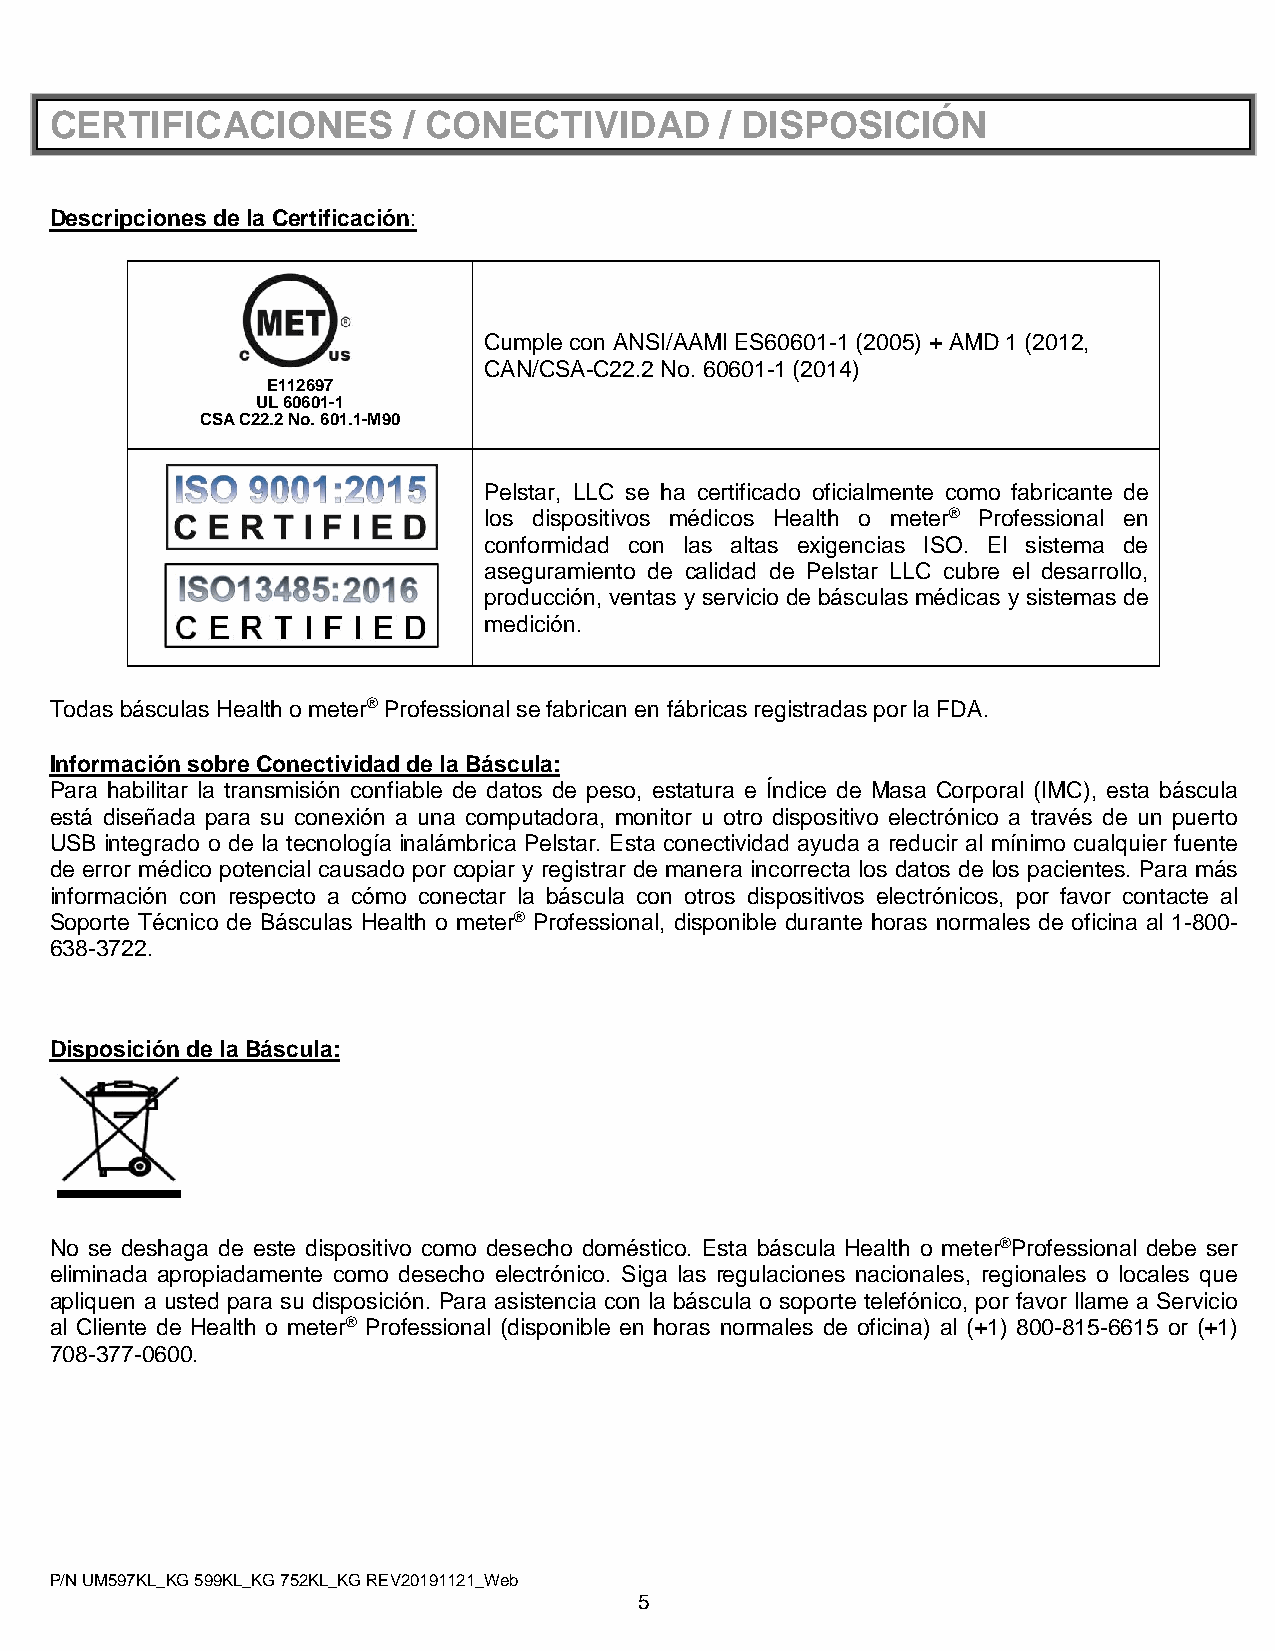
CERTIFICACIONES         / CONECTIVIDAD       / DISPOSICIÓN
 Descripciones de la Certificación:
 Cumple con ANSI/AAMI ES60601-1 (2005) + AMD 1 (2012,
 CAN/CSA-C22.2 No. 60601-1 (2014)
 E112697
 UL 60601-1
 CSA C22.2 No. 601.1-M90
 Pelstar, LLC se ha certificado oficialmente como fabricante de
 los dispositivos médicos Health o meter® Professional en
 conformidad con las altas exigencias ISO. El sistema de
 aseguramiento de calidad de Pelstar LLC cubre el desarrollo,
 producción, ventas y servicio de básculas médicas y sistemas de
 medición.
 Todas básculas Health o meter® Professional se fabrican en fábricas registradas por la FDA.
 Información sobre Conectividad de la Báscula:
 Para habilitar la transmisión confiable de datos de peso, estatura e Índice de Masa Corporal (IMC), esta báscula
 está diseñada para su conexión a una computadora, monitor u otro dispositivo electrónico a través de un puerto
 USB integrado o de la tecnología inalámbrica Pelstar. Esta conectividad ayuda a reducir al mínimo cualquier fuente
 de error médico potencial causado por copiar y registrar de manera incorrecta los datos de los pacientes. Para más
 información con respecto a cómo conectar la báscula con otros dispositivos electrónicos, por favor contacte al
 Soporte Técnico de Básculas Health o meter® Professional, disponible durante horas normales de oficina al 1-800-
 638-3722.
 Disposición de la Báscula:
 No se deshaga de este dispositivo como desecho doméstico. Esta báscula Health o meter®Professional debe ser
 eliminada apropiadamente como desecho electrónico. Siga las regulaciones nacionales, regionales o locales que
 apliquen a usted para su disposición. Para asistencia con la báscula o soporte telefónico, por favor llame a Servicio
 al Cliente de Health o meter® Professional (disponible en horas normales de oficina) al (+1) 800-815-6615 or (+1)
 708-377-0600.
 P/N UM597KL_KG 599KL_KG 752KL_KG REV20191121_Web
 5